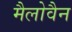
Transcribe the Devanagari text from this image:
मैलोवैन